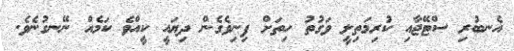
އެނބުރި ސްޓޭޖާއި ކުރިމަތިލީ ވަގުތު ހިތަށް ފިނިވެގެން ދިޔައީ ކީއްވެ ކަމެއް ނޭނގުނެވެ.